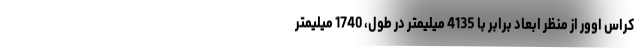
کراس اوور از منظر ابعاد برابر با 4135 میلیمتر در طول، 1740 میلیمتر